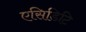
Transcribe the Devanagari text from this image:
एसिडिटि